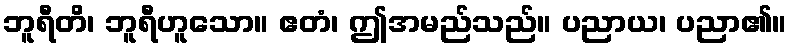
ဘူရီတိ၊ ဘူရီဟူသော။ ဧတံ၊ ဤအမည်သည်။ ပညာယ၊ ပညာ၏။